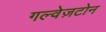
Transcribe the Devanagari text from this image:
गल्वेज़टोन